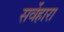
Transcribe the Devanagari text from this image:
सर्वेहारा